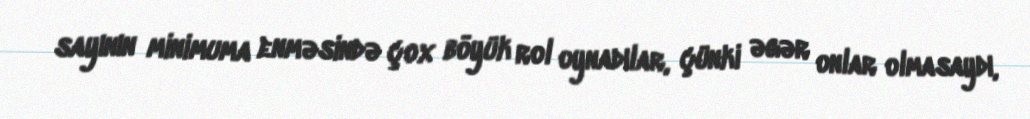
sayının minimuma enməsində çox böyük rol oynadılar, çünki əgər onlar olmasaydı,